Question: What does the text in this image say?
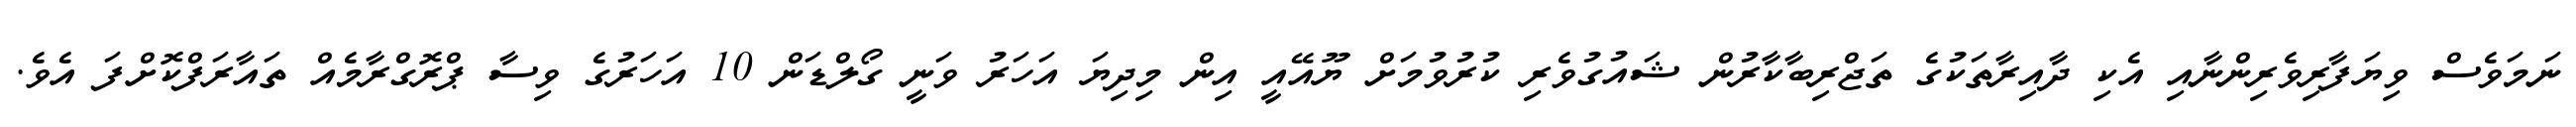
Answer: ނަމަވެސް ވިޔަފާރިވެރިންނާއި އެކި ދާއިރާތަކުގެ ތަޖްރިބާކާރުން ޝައުގުވެރި ކުރުވުމަށް ޔޫއޭއީ އިން މިދިޔަ އަހަރު ވަނީ ގޯލްޑަން 10 އަހަރުގެ ވިސާ ޕްރޮގްރާމެއް ތައާރަފްކޮށްފަ އެވެ.